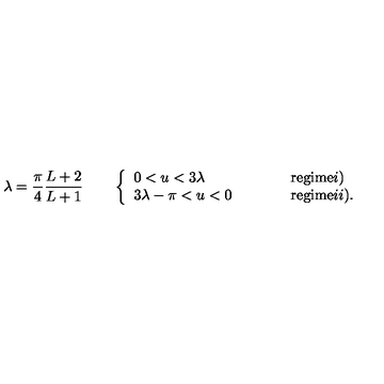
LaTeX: \lambda = \frac { \pi } { 4 } \frac { L + 2 } { L + 1 } \qquad \left\{ \begin{array} { l l l } { 0 < u < 3 \lambda } & { \qquad } & { \mathrm { r e g i m e } i ) } \\ { 3 \lambda - \pi < u < 0 } & { \qquad } & { \mathrm { r e g i m e } i i ) . } \\ \end{array} \right.